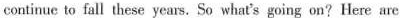
continue to fall these years. So what's going on? Here are